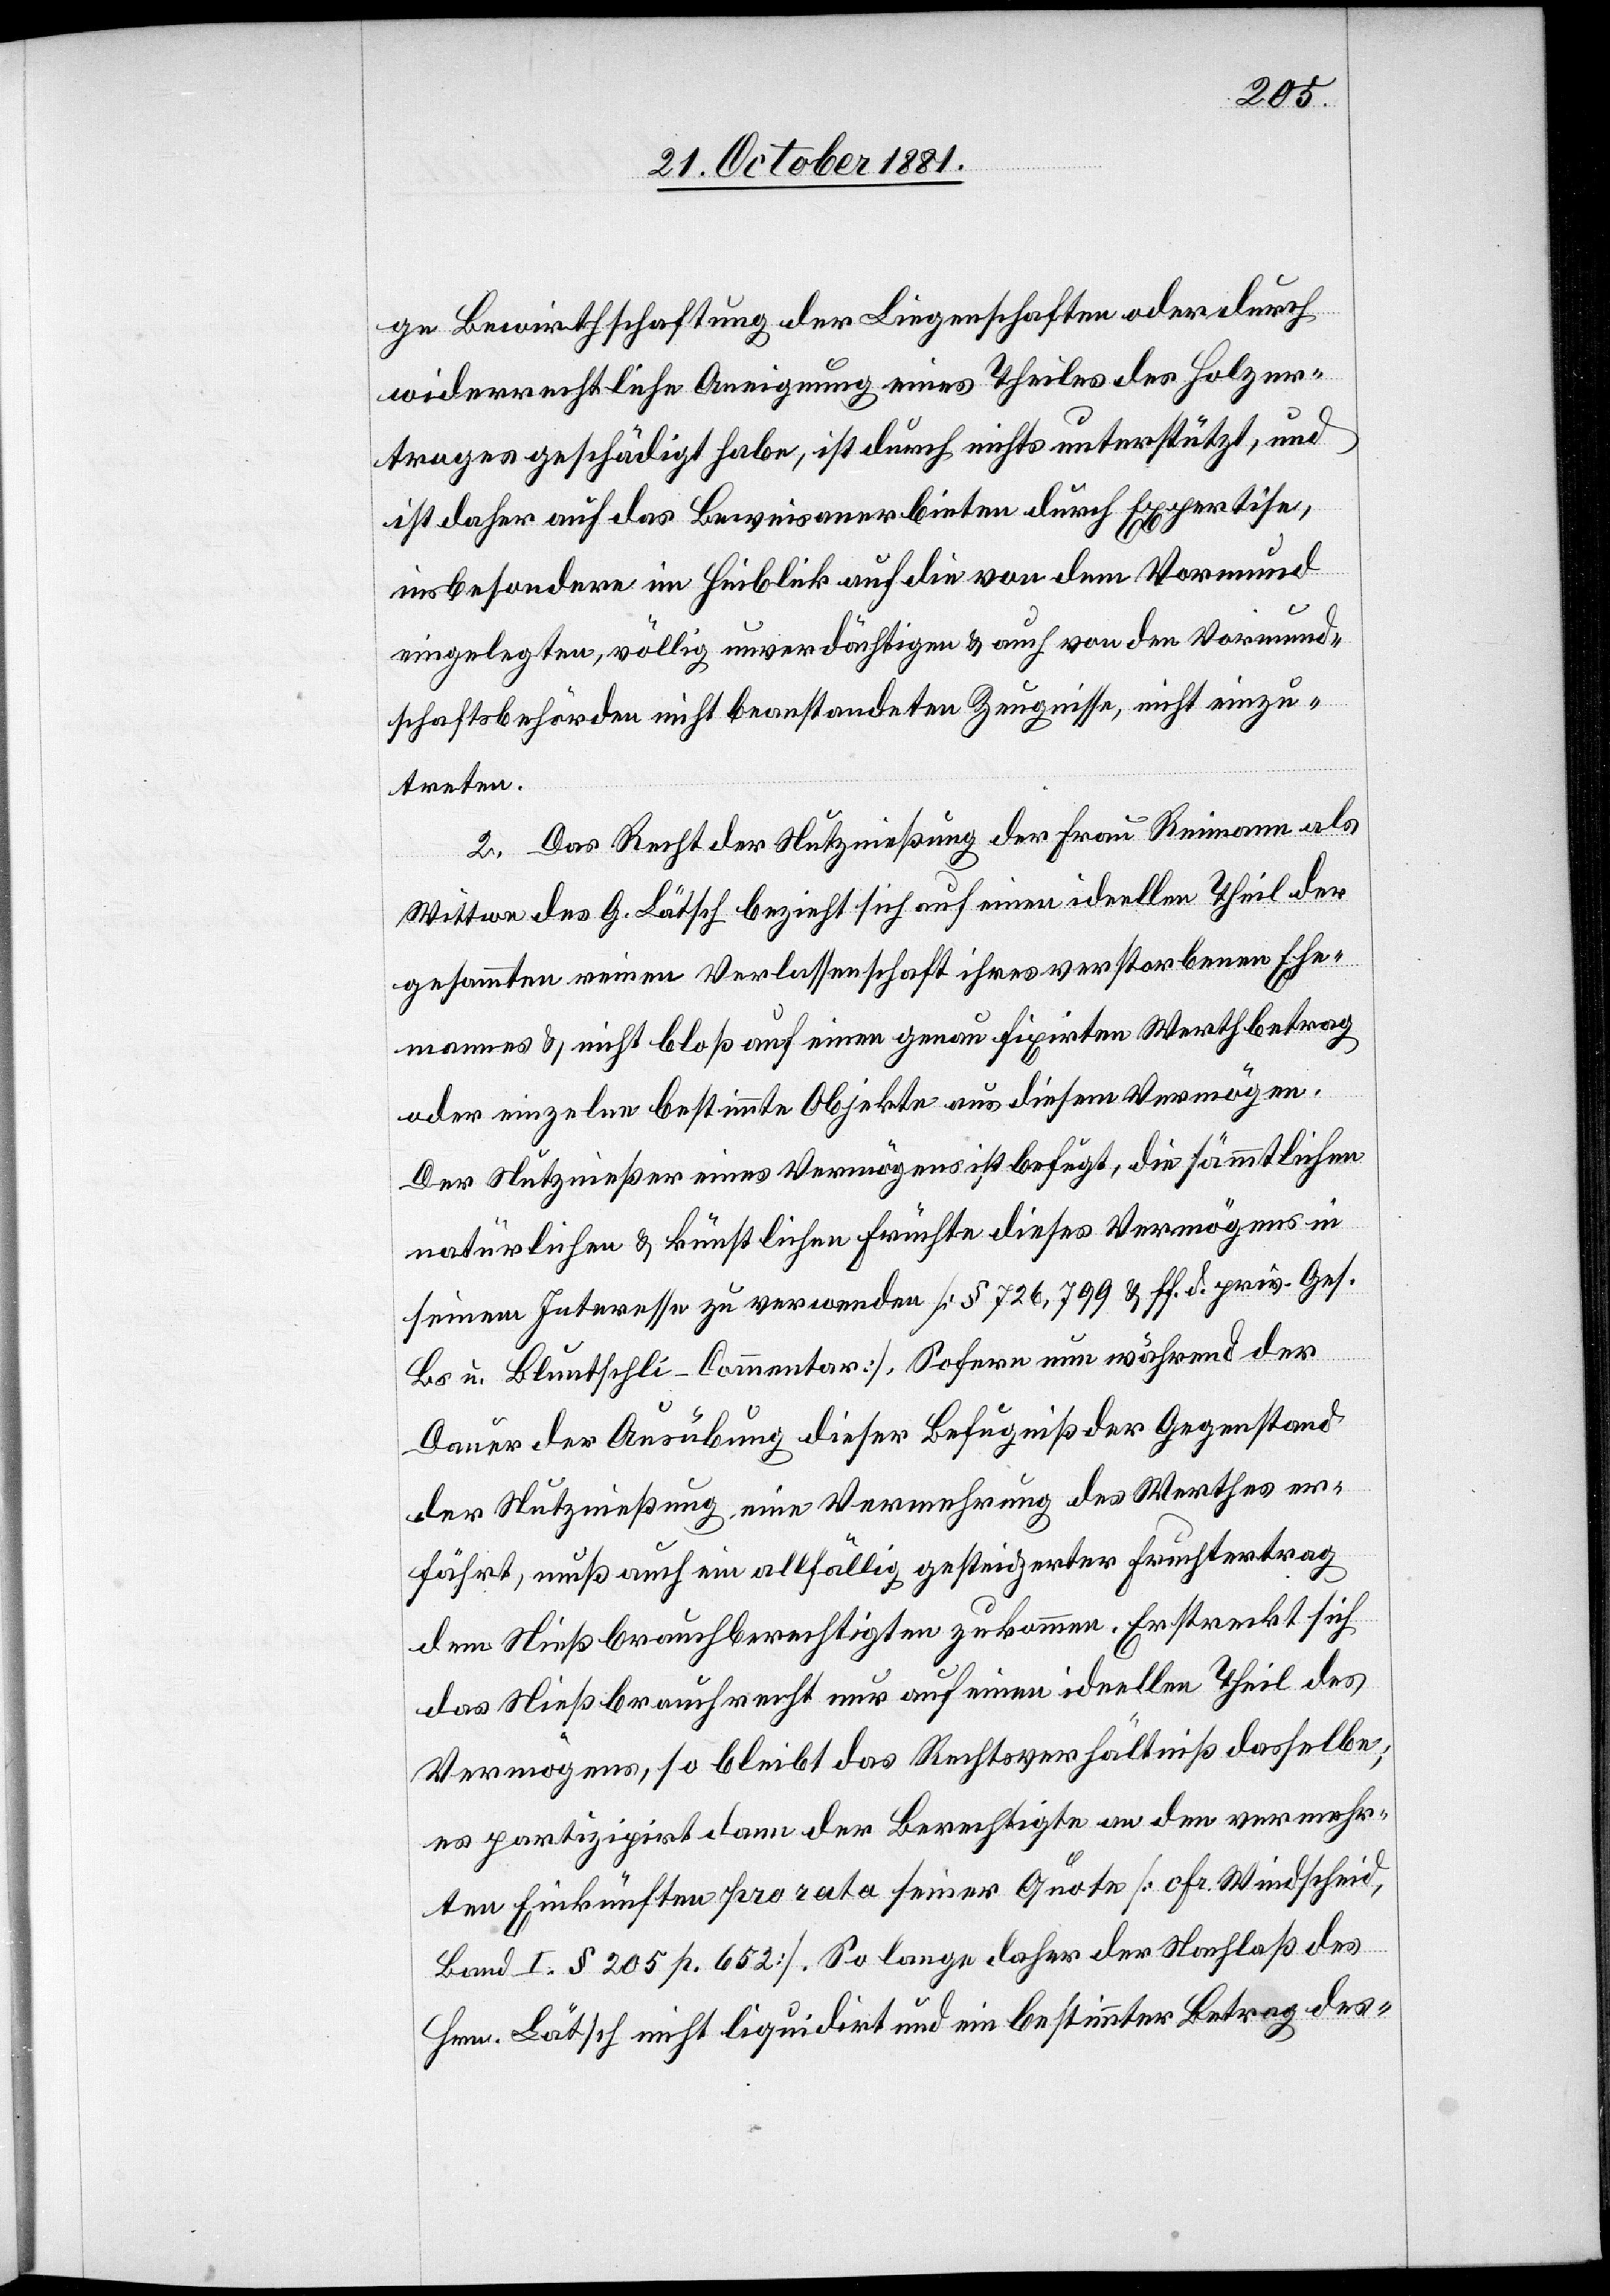
ge Bewirthschaftung der Liegenschaften oder durch
widerrechtliche Aneignung eines Theiles des Holzer¬
trages geschädigt habe, ist durch nichts unterstützt, und
ist daher auch das Beweisanerbieten durch Expertise,
insbesondere im Hinblick auf die von dem Vormund
eingelegten, völlig unverdächtigen & auch von den Vormund¬
schaftsbehörden nicht beanstandeten Zeugnisse, nicht einzu¬
treten.
2. Das Recht der Nutznießung der Frau Reimann als
Wittwe des G. Lätsch bezieht sich auf einen ideellen Theil der
gesammten reinen Verlassenschaft ihres verstorbenen Ehe¬
mannes & nicht bloß auf einen genau fixirten Werthbetrag
oder einzelne bestimmte Objekte aus diesem Vermögen.
Der Nutznießer eines Vermögens ist befugt, die sämmtlichen
natürlichen & künstlichen Früchte dieses Vermögens in
seinem Interesse zu verwenden [§ 726, 799 & ff. d. priv. Ges.
Bs. u. Bluntschli-Commentar]. Sofern nun während der
Dauer der Ausübung dieser Befugniß der Gegenstand
der Nutznießung eine Vermehrung des Werthes er¬
fährt, muß auch ein allfällig gesteigerter Fruchtertrag
dem Nießbrauchberechtigten zukommen. Erstreckt sich
das Nießbrauchrecht nur auf einen ideellen Theil des
Vermögens, so bleibt das Rechtsverhältniß dasselbe;
es partizipirt dann der Berechtigte an den vermehr¬
ten Einkünften pro rata seiner Quote [cfr. Windscheid,
Band I. § 205 p. 652]. So lange daher der Nachlaß des
Hrn. Lätsch nicht liquidirt und ein bestimmter Betrag des-